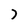
Character: 7